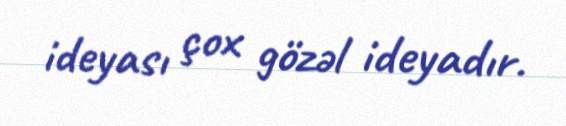
ideyası çox gözəl ideyadır.